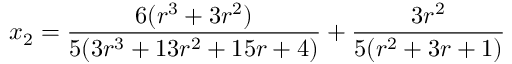
x _ { 2 } = \frac { 6 ( r ^ { 3 } + 3 r ^ { 2 } ) } { 5 ( 3 r ^ { 3 } + 1 3 r ^ { 2 } + 1 5 r + 4 ) } + \frac { 3 r ^ { 2 } } { 5 ( r ^ { 2 } + 3 r + 1 ) }